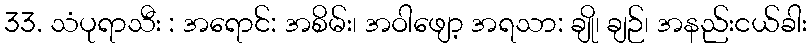
33. သံပုရာသီး : အရောင်: အစိမ်း၊ အဝါဖျော့ အရသာ: ချို၊ ချဉ်၊ အနည်းငယ်ခါး